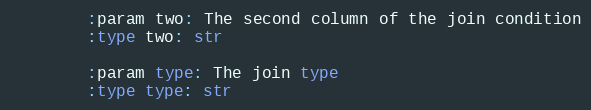
Language: Python
        :param two: The second column of the join condition
        :type two: str

        :param type: The join type
        :type type: str